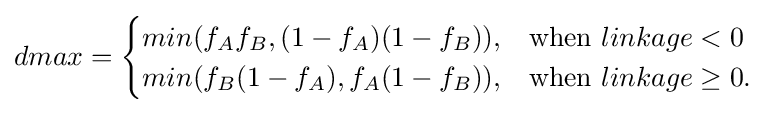
dmax={\begin{cases}min(f_{A}f_{B},(1-f_{A})(1-f_{B})),&{\text{when   }}linkage<0\\min(f_{B}(1-f_{A}),f_{A}(1-f_{B})),&{\text{when   }}linkage\geq 0.\end{cases}}